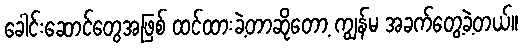
ခေါင်းဆောင်တွေအဖြစ် ထင်ထားခဲ့တာဆိုတော့ ကျွန်မ အခက်တွေ့ခဲ့တယ်။